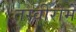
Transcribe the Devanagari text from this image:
तस्वीरोमें